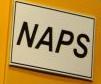
naps